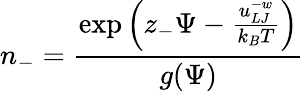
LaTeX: n_{-}=\frac{\exp\left(z_{-}\Psi-\frac{u_{LJ}^{-w}}{k_{B}T}\right)}{g(\Psi)}